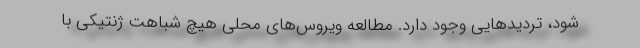
شود، تردیدهایی وجود دارد. مطالعه ویروس‌های محلی هیچ شباهت ژنتیکی با